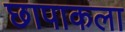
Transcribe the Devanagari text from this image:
छापाकला